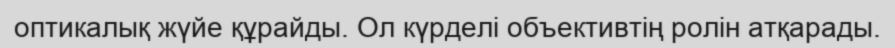
оптикалық жүйе құрайды. Ол күрделі объективтің ролін атқарады.